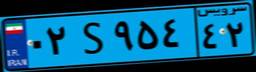
۶۷S۸۶۳۳۹